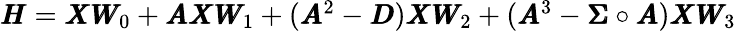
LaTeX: \begin{array}{r}{\pmb{H}=\pmb{X}\pmb{W}_{0}+\pmb{A}\pmb{X}\pmb{W}_{1}+(\pmb{A}^{2}-\pmb{D})\pmb{X}\pmb{W}_{2}+(\pmb{A}^{3}-\pmb{\Sigma}\circ\pmb{A})\pmb{X}\pmb{W}_{3}}\end{array}